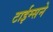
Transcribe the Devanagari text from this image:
टाईम्सने